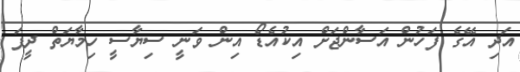
އަދި އޭގެ ފަހުން އަސާންޖަށް އިކުއެޑޯ އިން ވަނީ ސިޔާސީ ހިމާޔަތް ދީފަ